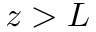
z > L